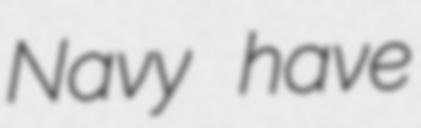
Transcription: Navy have